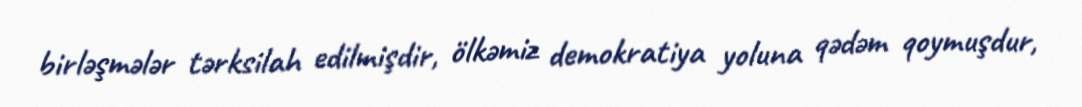
birləşmələr tərksilah edilmişdir, ölkəmiz demokratiya yoluna qədəm qoymuşdur,